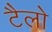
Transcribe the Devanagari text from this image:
टैलो